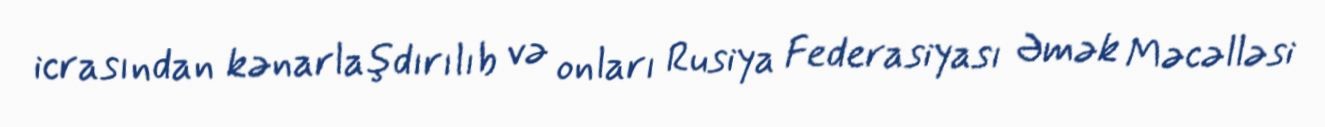
icrasından kənarlaşdırılıb və onları Rusiya Federasiyası Əmək Məcəlləsi